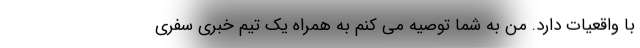
با واقعیات دارد. من به شما توصیه می کنم به همراه یک تیم خبری سفری